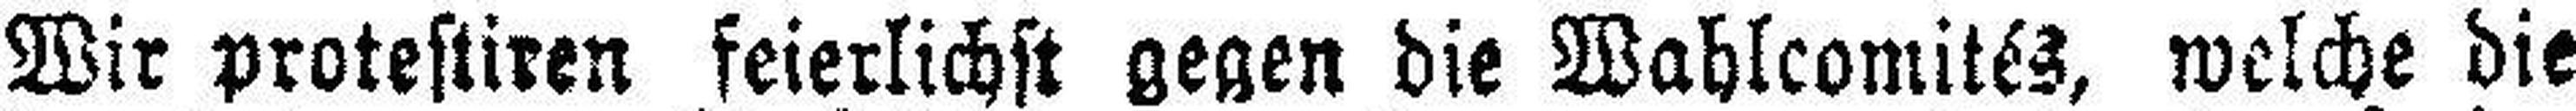
Wir protestiren feierlichst gegen die Wahlcomités, welche die